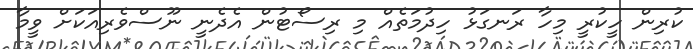
ކުރިން ހީކުރީ މިހާ ރަނގަޅު ހިދުމަތެއް މި ރިސޯޓުން އެދެނީ ނޫސްވެރިއަކަށް ވީމާ